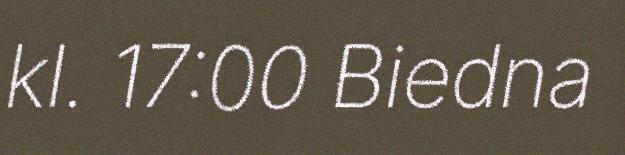
kl. 17:00 Biedna